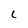
Character: 5